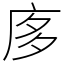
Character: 㢁